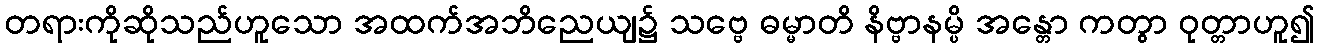
တရားကိုဆိုသည်ဟူသော အထက်အဘိညေယျ၌ သဗ္ဗေ ဓမ္မာတိ နိဗ္ဗာနမ္ပိ အန္တော ကတွာ ဝုတ္တာဟူ၍